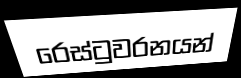
රෙස්ටුවරනයන්